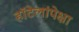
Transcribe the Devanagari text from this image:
हॉटेलांपेक्षा